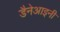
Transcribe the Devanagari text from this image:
डैनेआइनी